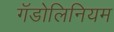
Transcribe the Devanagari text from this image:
गॅडोलिनियम